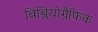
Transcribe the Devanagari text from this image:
बिब्लियोग्रैफिक